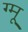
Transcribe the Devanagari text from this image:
ग्‍मू